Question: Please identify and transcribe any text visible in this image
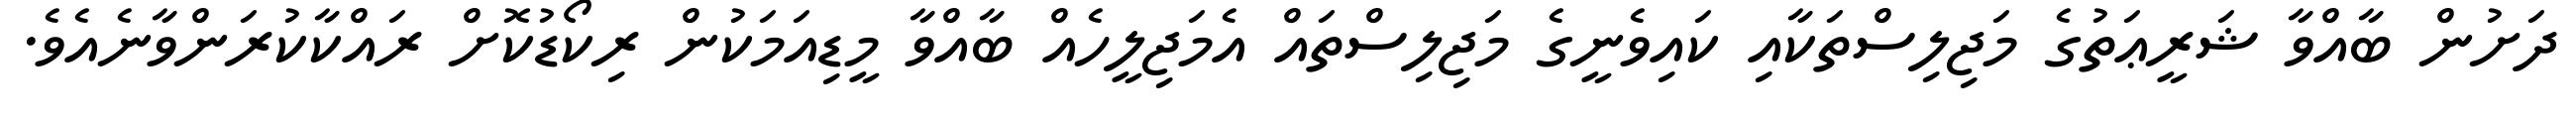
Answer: ދަށުން ބާއްވާ ޝަރީޢަތުގެ މަޖިލިސްތަކާއި ކައިވެނީގެ މަޖިލިސްތައް އެމަޖިލީހެއް ބާއްވާ މީޑިއަމަކުން ރިކޯޑުކޮށް ރައްކާކުރަންވާނެއެވެ.